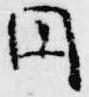
円